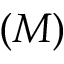
( M )